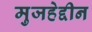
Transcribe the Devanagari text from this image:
मुजहेद्दीन